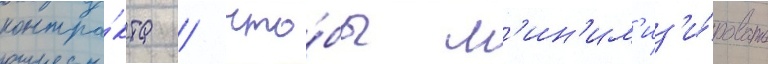
контра́кта / что́бы м'ин'им'из'и́ровать